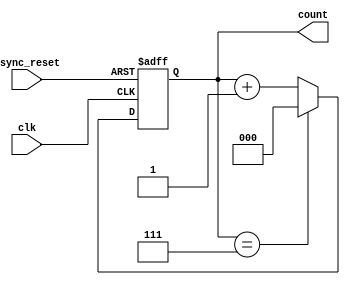
module mod_n_counter #(
    parameter N = 8 // Parameter for mod value (e.g., for Mod-8 counter, N = 8)
)(
    input wire clk,          // Trigger input for counting
    input wire async_reset,  // Asynchronous reset signal
    output reg [log2(N)-1:0] count // Output count value
);

// Function to calculate log2
function integer log2;
    input integer value;
    begin
        log2 = 0;
        while (2**log2 < value) begin
            log2 = log2 + 1;
        end
    end
endfunction

// Always block for the counter logic
always @(posedge clk or posedge async_reset) begin
    if (async_reset) begin
        count <= 0; // Reset the counter to 0
    end else begin
        if (count == N - 1) begin
            count <= 0; // Wrap around to 0 when reaching N-1
        end else begin
            count <= count + 1; // Increment the counter
        end
    end
end

endmodule